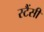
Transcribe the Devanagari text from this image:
स्टैंसी